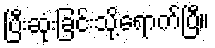
ပြီးဆုံးခြင်းသို့ရောက်ပြီ။